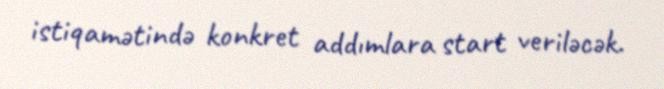
istiqamətində konkret addımlara start veriləcək.